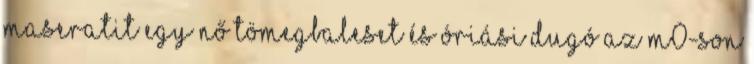
Maseratit egy nő Tömegbaleset és óriási dugó az M0-son